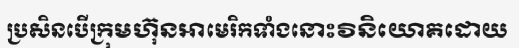
ប្រសិនបើក្រុមហ៊ុនអាមេរិកទាំងនោះវិនិយោគដោយ